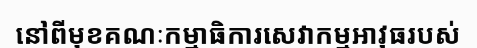
នៅពីមុខគណៈកម្មាធិការសេវាកម្មអាវុធរបស់